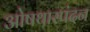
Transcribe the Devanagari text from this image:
ओषथास्पंदन